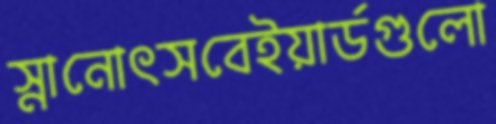
স্নানোৎসবেইয়ার্ডগুলো